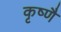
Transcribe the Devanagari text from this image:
कृष्णै